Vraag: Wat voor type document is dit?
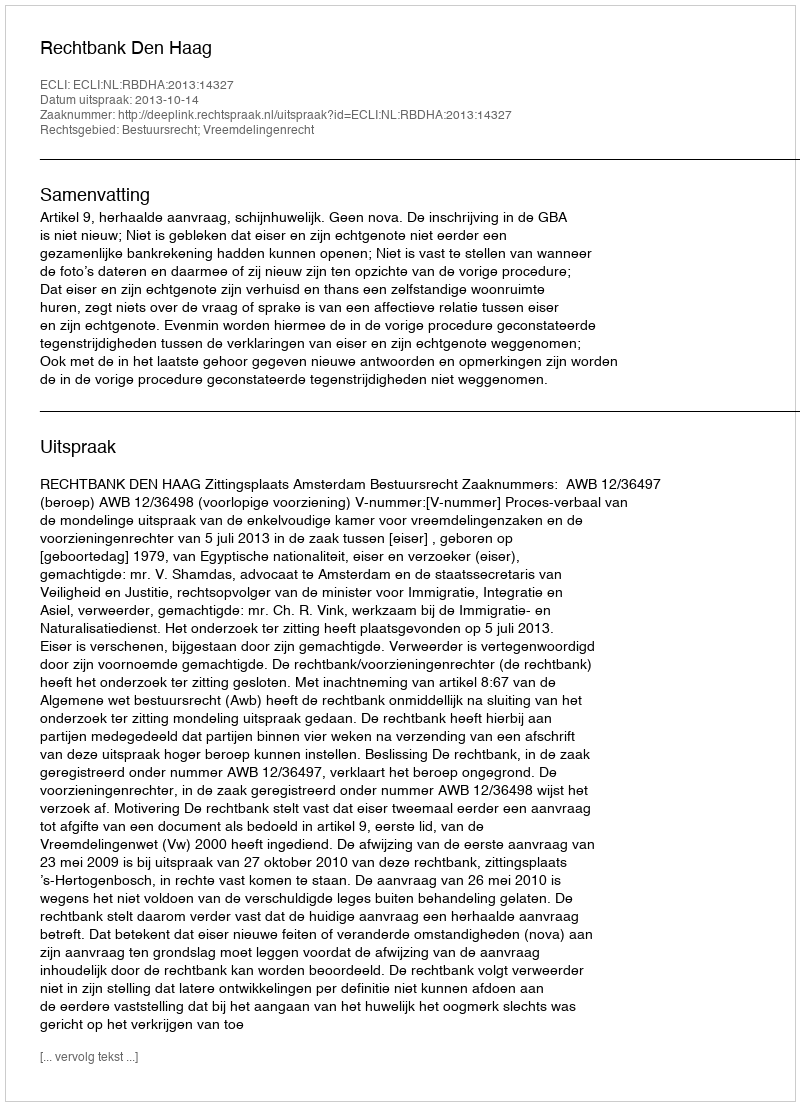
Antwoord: Uitspraak